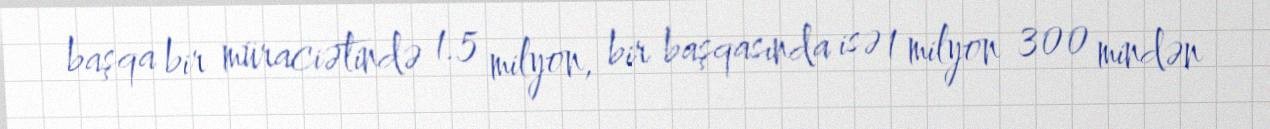
başqa bir müraciətində 1.5 milyon, bir başqasında isə 1 milyon 300 mindən